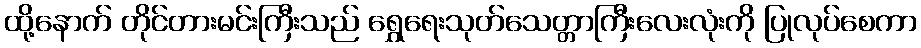
ထို့နောက် တိုင်တားမင်းကြီးသည် ရွှေရေးသုတ်သေတ္တာကြီးလေးလုံးကို ပြုလုပ်စေကာ